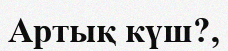
Артық күш?,